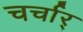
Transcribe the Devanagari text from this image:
चर्चार्